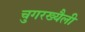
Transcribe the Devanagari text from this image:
चुगरख्यैली